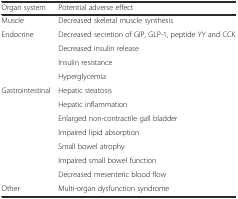
| Organ system | Potential adverse effect |
 | --- | --- |
 | Muscle | Decreased skeletal muscle synthesis |
 | Endocrine | Decreased secretion of GIP, GLP-1, peptide YY and CCK |
 |  | Decreased insulin release |
 |  | Insulin resistance |
 |  | Hyperglycemia |
 | Gastrointestinal | Hepatic steatosis |
 |  | Hepatic inflammation |
 |  | Enlarged non-contractile gall bladder |
 |  | Impaired lipid absorption |
 |  | Small bowel atrophy |
 |  | Impaired small bowel function |
 |  | Decreased mesenteric blood flow |
 | Other | Multi-organ dysfunction syndrome |